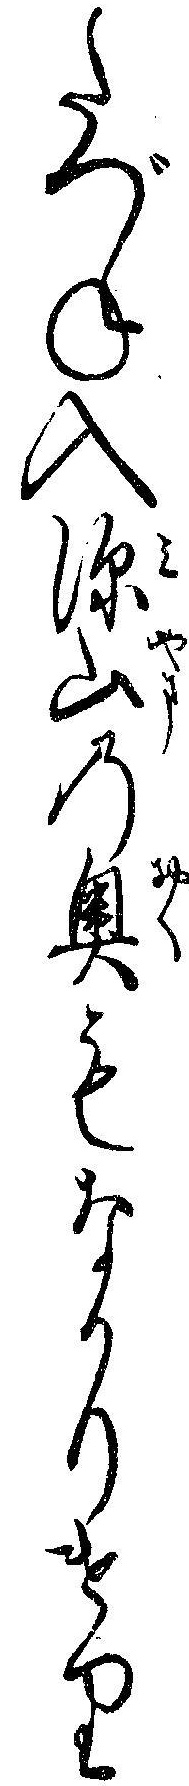
たづね入深山の奥もなかりけり